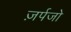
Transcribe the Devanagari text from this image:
ज़र्पजो